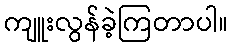
ကျူးလွန်ခဲ့ကြတာပါ။